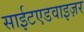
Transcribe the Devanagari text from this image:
साईटएडवाइज़र